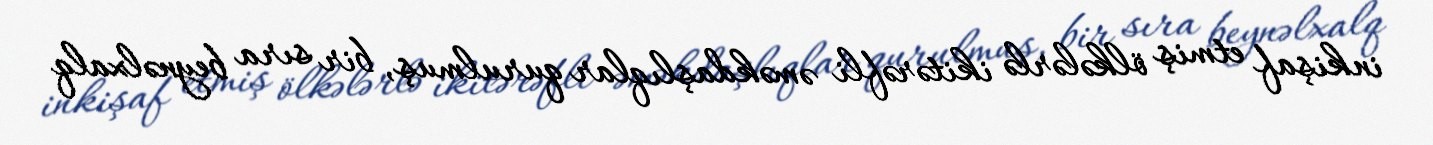
inkişaf etmiş ölkələrlə ikitərəfli əməkdaşlıqlar qurulmuş, bir sıra beynəlxalq